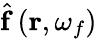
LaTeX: \hat{\mathbf{f}}\left(\mathbf{r},\omega_{f}\right)